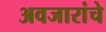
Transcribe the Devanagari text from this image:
अवजारांचे